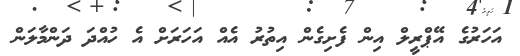
އަހަރުގެ އޭޕްރީލް އިން ފެށިގެން އިތުރު އެއް އަހަރަށް އެ ހުއްދަ ދަންމާލަން